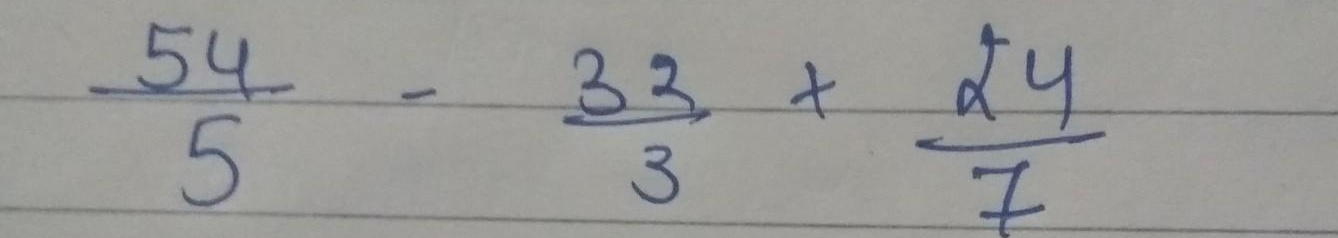
$\frac{54}{5}-\frac{33}{3}+\frac{24}{7}$